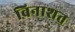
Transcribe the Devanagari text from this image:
विनाशत